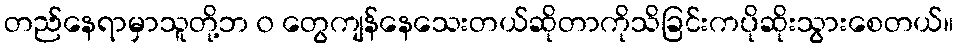
တည်နေရာမှာသူတို့ဘ ၀ တွေကျန်နေသေးတယ်ဆိုတာကိုသိခြင်းကပိုဆိုးသွားစေတယ်။